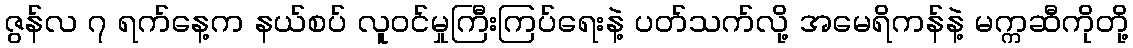
ဇွန်လ ၇ ရက်နေ့က နယ်စပ် လူဝင်မှုကြီးကြပ်ရေးနဲ့ ပတ်သက်လို့ အမေရိကန်နဲ့ မက္ကဆီကိုတို့